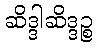
ဆိဒ္ဒါဆိဒ္ဒဉ္စ